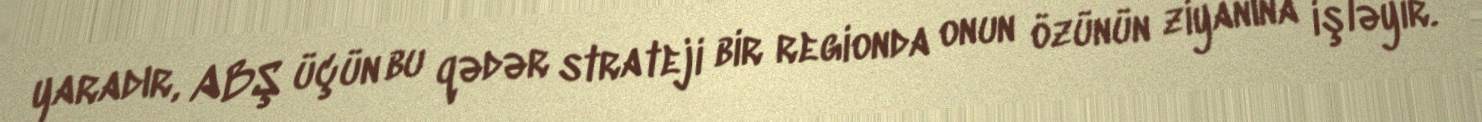
yaradır, ABŞ üçün bu qədər strateji bir regionda onun özünün ziyanına işləyir.